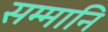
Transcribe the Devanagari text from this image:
सम्मानि